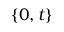
\{ 0 , t \}